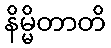
နိမ္မိတာတိ